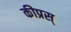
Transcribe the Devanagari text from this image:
कीप्रस्